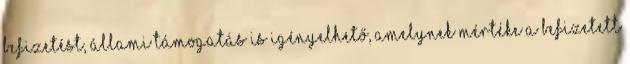
befizetést, állami támogatás is igényelhető, amelynek mértéke a befizetett